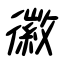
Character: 徽